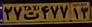
۲۷ت۴۷۷۱۳